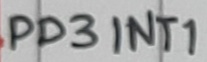
Text: PD3INT1